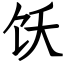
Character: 饫